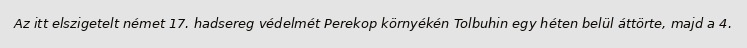
Az itt elszigetelt német 17. hadsereg védelmét Perekop környékén Tolbuhin egy héten belül áttörte, majd a 4.